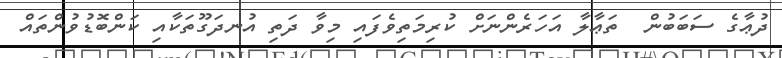
ދުޢާގެ ސަބަބުން  ތަޢާލާ އަހަރެންނަށް ކުރިމަތިވެފައި މިވާ ދަތި އުނދަގޫތަކާއި ކަންބޮޑުވުންތައް